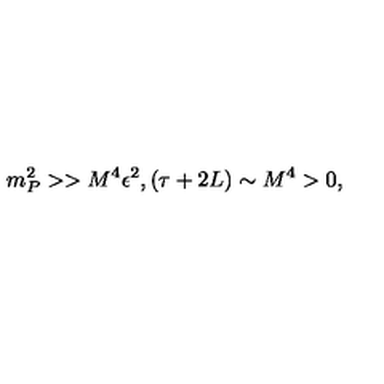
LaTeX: m _ { P } ^ { 2 } > > M ^ { 4 } \epsilon ^ { 2 } , ( \tau + 2 L ) \sim M ^ { 4 } > 0 ,